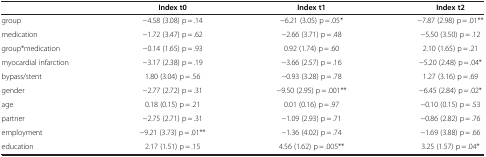
<table><thead><tr><td><b> </b></td><td><b>Index t0</b></td><td><b>Index t1</b></td><td><b>Index t2</b></td></tr></thead><tbody><tr><td>group</td><td>−4.58 (3.08) p = .14</td><td>−6.21 (3.05) p = .05*</td><td>−7.87 (2.98) p = .01**</td></tr><tr><td>medication</td><td>−1.72 (3.47) p = .62</td><td>−2.66 (3.71) p = .48</td><td>−5.50 (3.50) p = .12</td></tr><tr><td>group*medication</td><td>−0.14 (1.65) p = .93</td><td>0.92 (1.74) p = .60</td><td>2.10 (1.65) p = .21</td></tr><tr><td>myocardial infarction</td><td>−3.17 (2.38) p = .19</td><td>−3.66 (2.57) p = .16</td><td>−5.20 (2.48) p = .04*</td></tr><tr><td>bypass/stent</td><td>1.80 (3.04) p = .56</td><td>−0.93 (3.28) p = .78</td><td>1.27 (3.16) p = .69</td></tr><tr><td>gender</td><td>−2.77 (2.72) p = .31</td><td>−9.50 (2.95) p = .001**</td><td>−6.45 (2.84) p = .02*</td></tr><tr><td>age</td><td>0.18 (0.15) p = .21</td><td>0.01 (0.16) p = .97</td><td>−0.10 (0.15) p = .53</td></tr><tr><td>partner</td><td>−2.75 (2.71) p = .31</td><td>−1.09 (2.93) p = .71</td><td>−0.86 (2.82) p = .76</td></tr><tr><td>employment</td><td>−9.21 (3.73) p = .01**</td><td>−1.36 (4.02) p = .74</td><td>−1.69 (3.88) p = .66</td></tr><tr><td>education</td><td>2.17 (1.51) p = .15</td><td>4.56 (1.62) p = .005**</td><td>3.25 (1.57) p = .04*</td></tr></tbody></table>